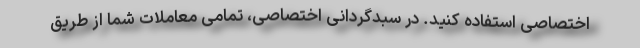
اختصاصی استفاده کنید. در سبدگردانی اختصاصی، تمامی معاملات شما از طریق